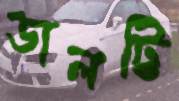
ডালট্টি